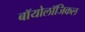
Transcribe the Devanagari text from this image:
बॉयोलॉजिकल